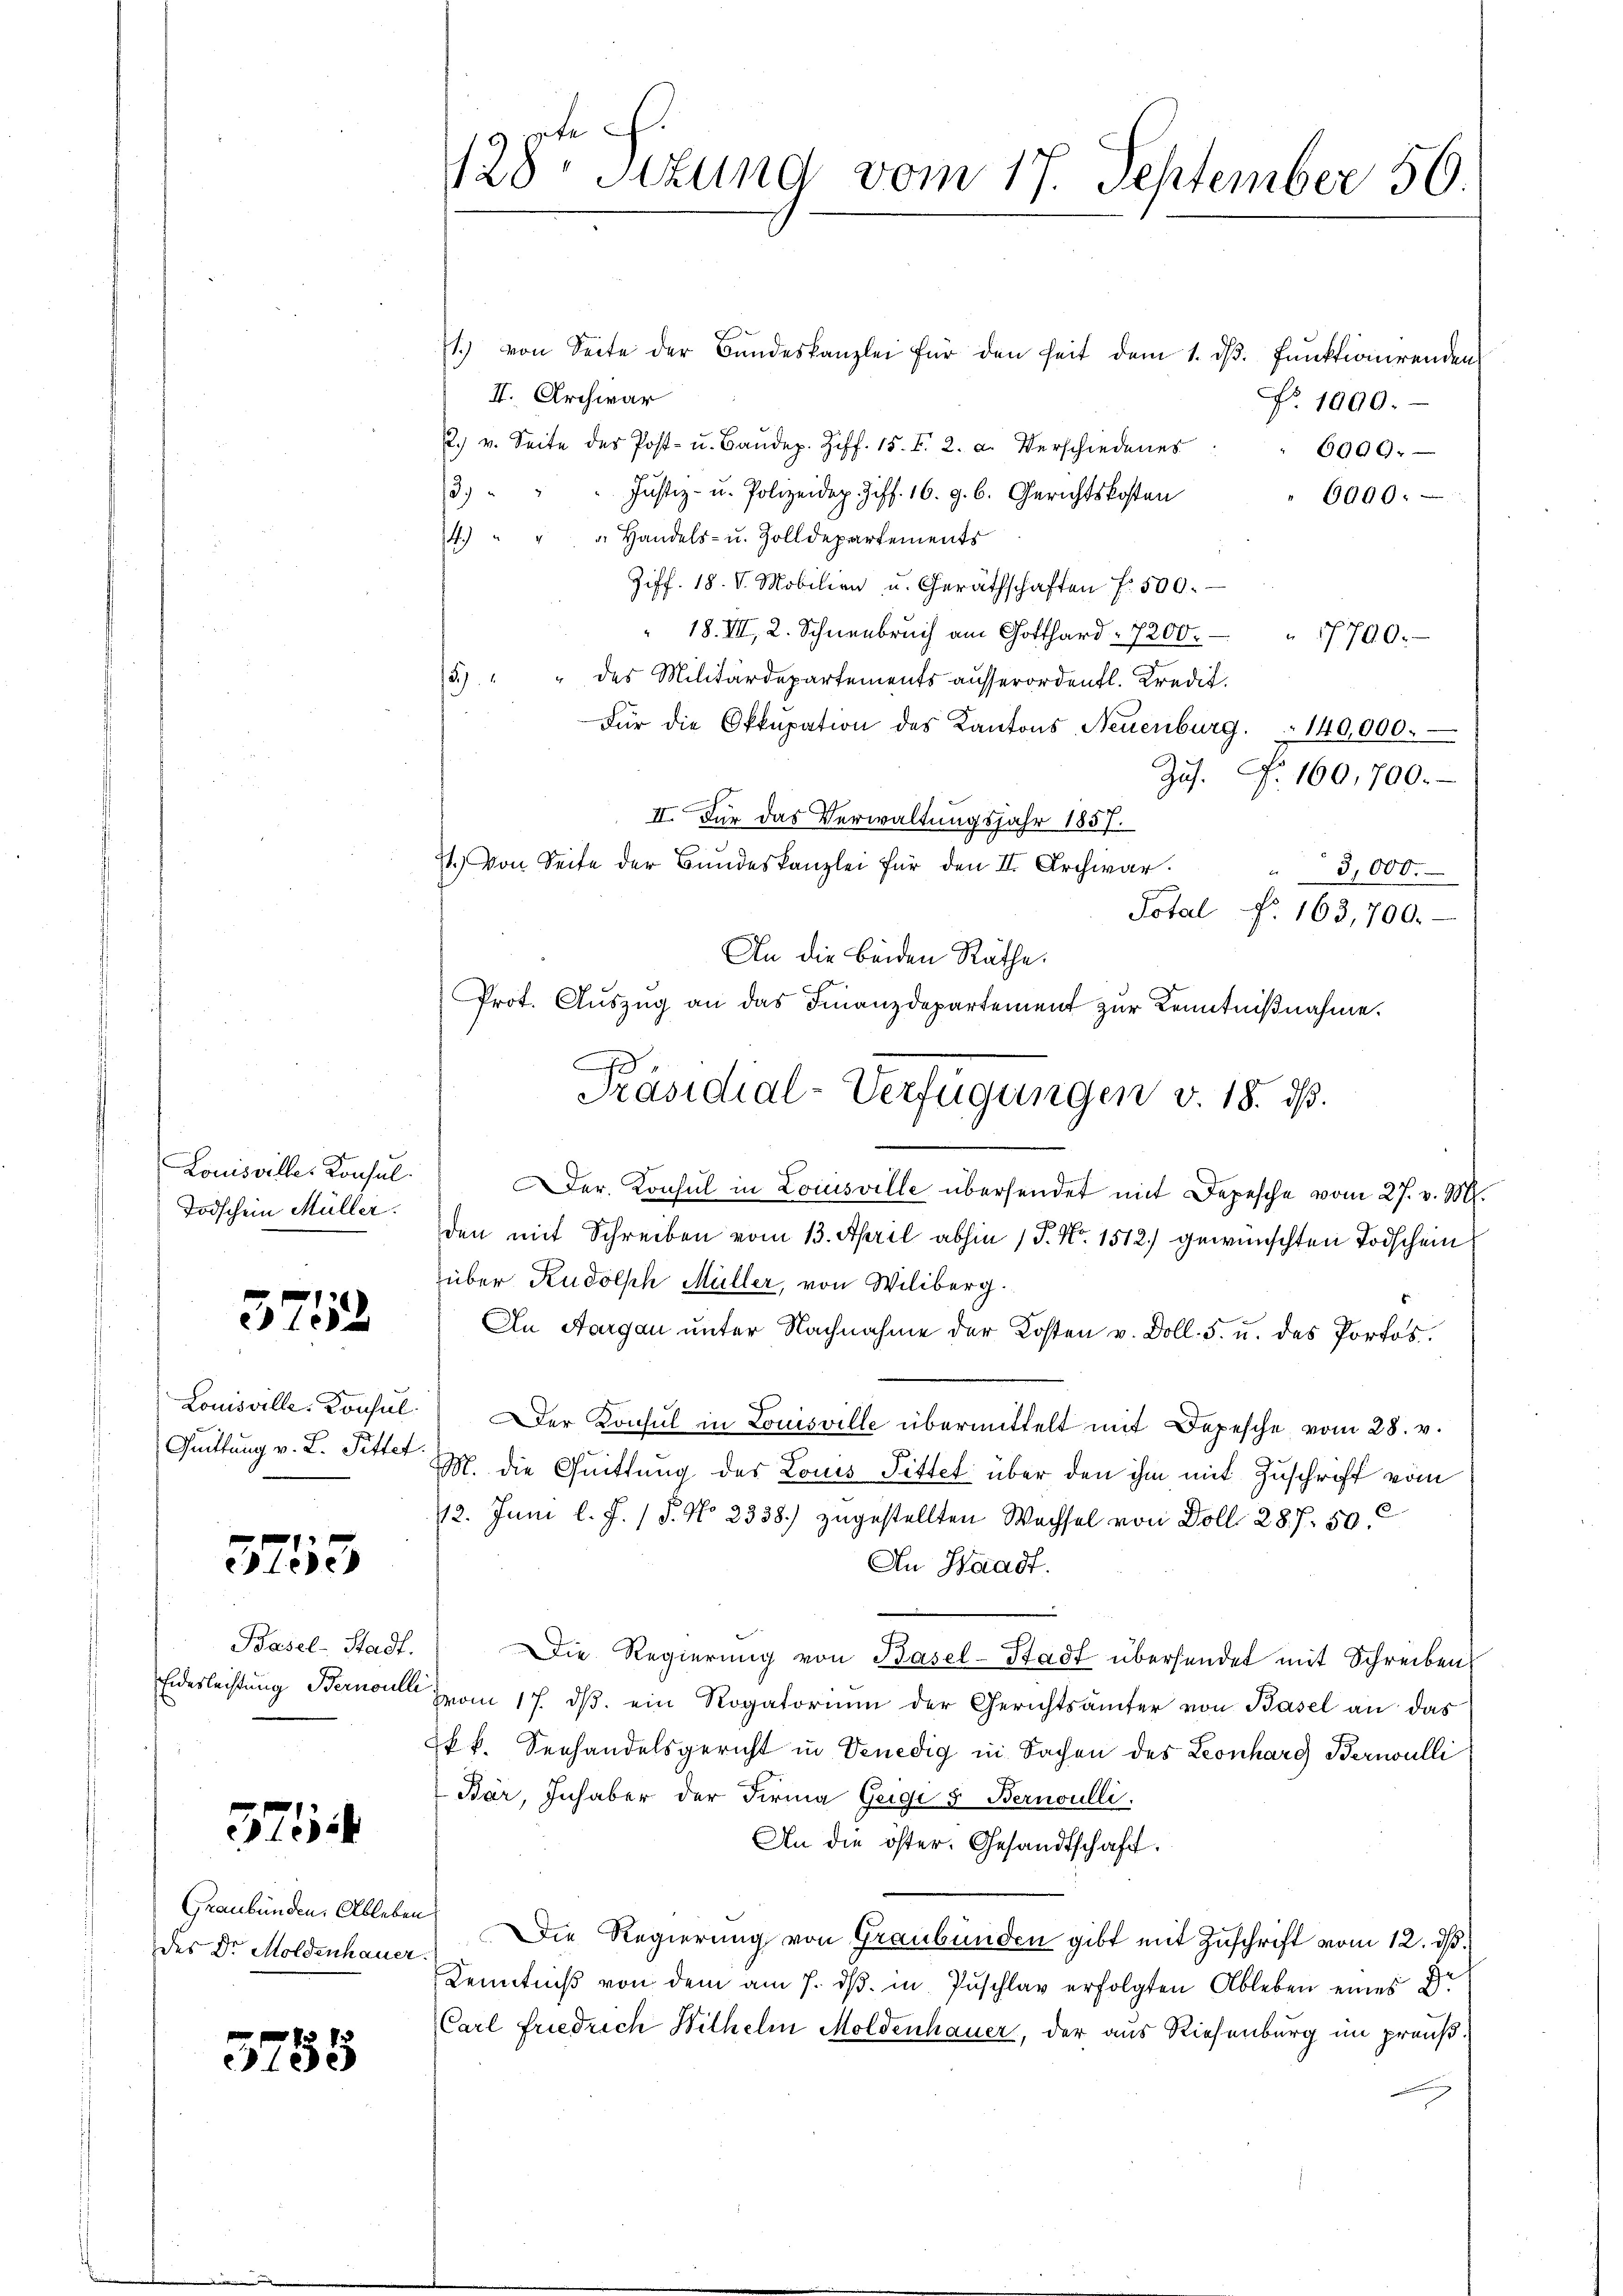
Louisviller Konsul
Todschein Müller.

3752

Louisville-Konsul
Quittung v. L. Pittet.

3753

Basel-Stadt.
Eidesleistung Bernoulle

Hisch

Graubünden. Ableben
des Dr. Moldenhauer

3755

gte
128. Stund vom 17. September 50.

71.) von Seite der Bundeskanzlei für den heit dem 1. d. Funktionirenden
II. Archwar
No. 1000.
22. v. Seite des Post- u. Baŭdep. Ziff. 15. I. 2. a. Verschiedenes
6009.
3. " " " Justiz- u. Polizeidep. Ziff. 16. g. 6. Gerichtskosten
6000. —
4.) " " " Handels- u. Zolldepartements
Ziff. 18. d. Mobilien u. Geräthschaften f. 500.
" 18. III, 2. Schneebruch am Gotthard 7200. 17700.
5) " " des Militärdepartements aŭsserordentl. Kredit.
Für die Okkupation des Kantons Neuenburg. 140,000.
Zŭs. F. 160,700.
II. Für das Verwaltungsjahr 1857.
71.) Von Seite der Bundeskanzlei für den II. Archwar
3,000.
Potal Nr. 163,700.-
An die beiden Räthe.
er Konsul in Loisville übersendet mit Depesche vom 27. v. M.
den mit Schreiben vom 13. April abhin 1 S. Nr. 1512) gewünschten Todschein
über Rudolph Müller, von Wiliberg.
An Aargau unter Nachnahme der Kosten v. Doll. F. u. das Portos.
Der Konsul in Louisville übermittelt mit Depesche vom 28. v.
9
M. die Quittung des Louis Pittet über den ihm mit Zuschrift vom
42. Juni l. J. (T. No 2338) zugestellten Wechsel von Doll 287. 50.
An Waadt.
Die Regierung von Basel-Stadt übersendet mit Schreiben
vom 17. dβ ein Rogatorium der Gerichtsämter von Basel an das
kk. Seehandelsgericht in Venedig in Sachen des Leonhard Bernoulli
Bár, Inhaber der Firma Geige 5. Bernoulli.
An die öster. Gesandtschaft.
Die Regierung von Graubünden gibt mit Zuschrift vom 12. ds.
Kenntniß von dem am 7. dβ in Zuschlag erfolgten Ableben eines Dr
Carl friedrich Wilhelm Moldenhauer, der aus Riesenburg im preuß¬

Prot. Auszug an das Finanzdepartement zur Kenntnißnahme.
Präsidial-Verfügungen v. 18. ds.